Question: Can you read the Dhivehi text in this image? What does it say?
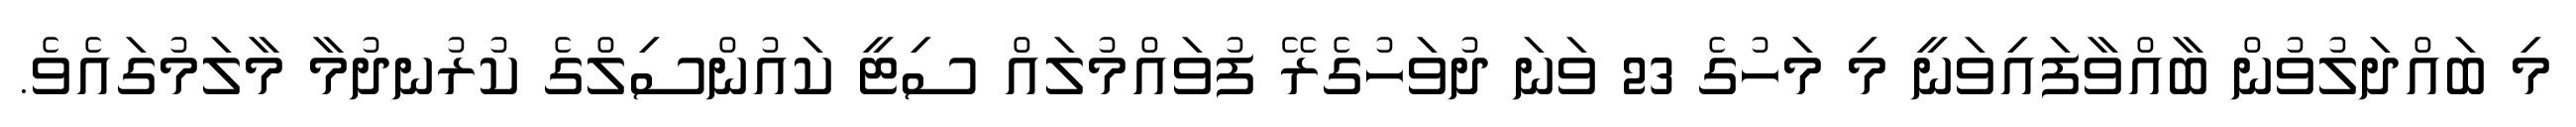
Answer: މި ބައްދަލުވުން ބާއްވާފައިވަނީ މި މަހުގެ 23 ވަނަ ދުވަހުގެރޭ ފުވައްމުލައް ސިޓީ ކައުންސިލްގެ ކުރުނދުމާ މާލަމުގައެވެ.